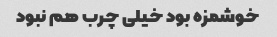
خوشمزه بود خیلی چرب هم نبود